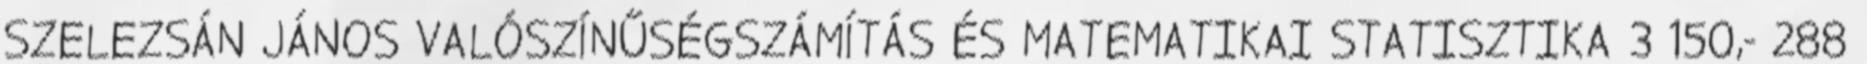
SZELEZSÁN JÁNOS VALÓSZÍNŰSÉGSZÁMÍTÁS ÉS MATEMATIKAI STATISZTIKA 3 150,- 288